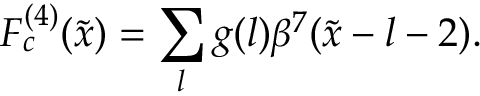
F _ { c } ^ { ( 4 ) } ( \tilde { x } ) = \sum _ { l } g ( l ) \beta ^ { 7 } ( \tilde { x } - l - 2 ) .